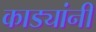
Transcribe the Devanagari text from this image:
काड्यांनी